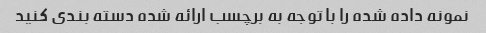
نمونه داده شده را با توجه به برچسب ارائه شده دسته بندی کنید